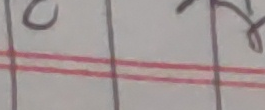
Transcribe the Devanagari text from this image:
८ २